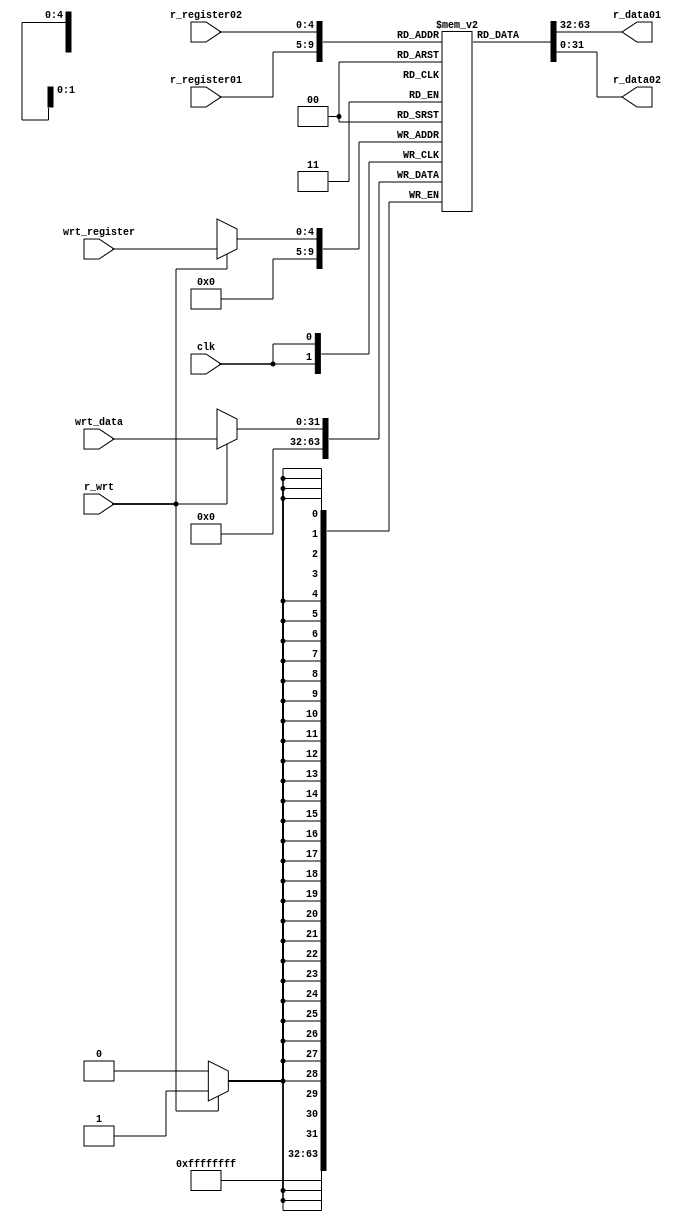
module r_fle (clk, r_register01, r_register02, wrt_register, wrt_data, r_wrt, r_data01, r_data02);
input [4:0] r_register01;
input [4:0] r_register02;
input [4:0] wrt_register;
input clk;
input r_wrt;
input [31:0] wrt_data;
output [31:0] r_data01;
output [31:0] r_data02;

reg [31:0] Arr [31:0];
integer i;
initial begin
      for (i=1; i<32; i=i+1)   
        Arr[i]=i*10;
end
always @(posedge clk)
  begin
	if (r_wrt) 
        Arr[wrt_register] <= wrt_data;
    Arr[0]=0;
  end
 assign r_data01 = Arr[r_register01];
 assign r_data02 = Arr[r_register02];
endmodule